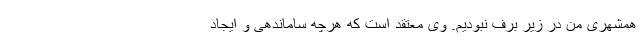
همشهری من در زیر برف نبودیم. وی معتقد است که هرچه ساماندهی و ایجاد